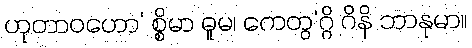
ဟုတာဝဟော’ စ္စိမာ ဓူမ၊ ကေတွ’ဂ္ဂိ ဂိနိ ဘာနုမာ။